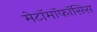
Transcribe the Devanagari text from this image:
मेटॉमॉफॉसिस